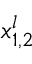
x _ { 1 , 2 } ^ { l }